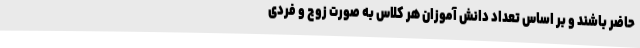
حاضر باشند و بر اساس تعداد دانش آموزان هر کلاس به صورت زوج و فردی